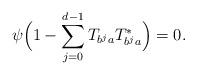
LaTeX: \begin{align*}\psi\Big(1-\sum_{j=0}^{d-1}T_{b^ja}T_{b^ja}^*\Big)=0.\end{align*}